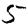
Digit: 5